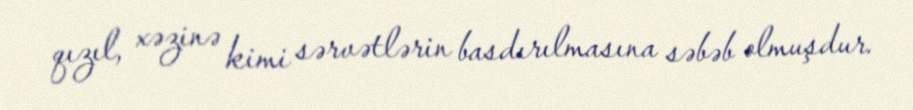
qızıl, xəzinə kimi sərvətlərin basdırılmasına səbəb olmuşdur.